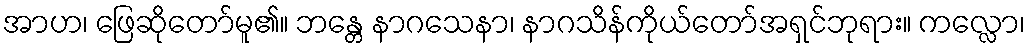
အာဟ၊ ဖြေဆိုတော်မူ၏။ ဘန္တေ နာဂသေနာ၊ နာဂသိန်ကိုယ်တော်အရှင်ဘုရား။ ကလ္လော၊